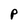
Character: P